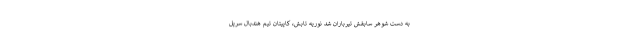
به دست شوهر سابقش تیرباران شد نوریه تابش، کاپیتان تیم هندبال سرپل